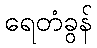
ရေတံခွန်